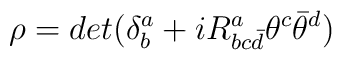
\rho=  det(\delta^a_b+i	      R^a_{bc{\bar d}}\theta^c \bar\theta^d)